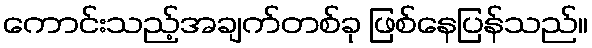
ကောင်းသည့်အချက်တစ်ခု ဖြစ်နေပြန်သည်။